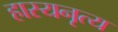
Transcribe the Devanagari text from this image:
हास्यनृत्य